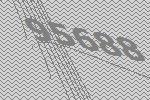
95688